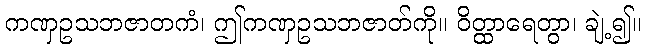
ကဏှဥသဘဇာတကံ၊ ဤကဏှဥသဘဇာတ်ကို။ ဝိတ္ထာရေတွာ၊ ချဲ့၍။